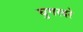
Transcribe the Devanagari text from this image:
घुगरदरे